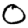
Digit: 0